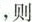
，则